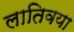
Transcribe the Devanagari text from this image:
लातिवया